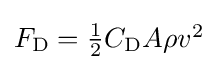
{\textstyle F_{\text{D}}={\frac {1}{2}}C_{\text{D}}A\rho v^{2}}